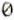
0